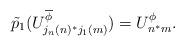
LaTeX: \begin{align*} \tilde{p}_1(U^{\overline{\phi}}_{j_n(n)^*j_1(m)}) = U^\phi_{n^*m}.\end{align*}